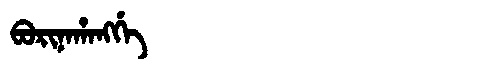
Manchu: ᠪᠣᡵᡳᠨᠠᡥᠠᠩᡤᡝ
Romanization: BORINAHANGGE